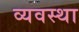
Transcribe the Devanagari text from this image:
व्यवस्था